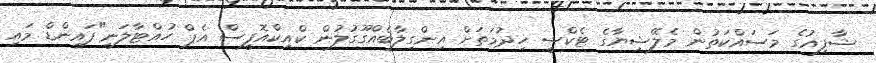
ޝާފިއުގެ މަސައްކަތުން މެލޭޝިޔާގެ ޓެކްސީ ހިދުމަތަށް އިންގިލާބެއްގޫގުލުން ކްއިކްއޮފީސް އެޕް ހުއްޓާލަނީ"ފައިންޑް މައި